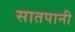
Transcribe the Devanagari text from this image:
सातपानी